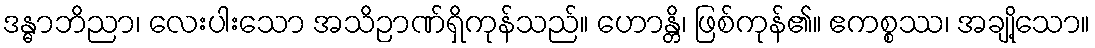
ဒန္ဓာဘိညာ၊ လေးပါးသော အသိဉာဏ်ရှိကုန်သည်။ ဟောန္တိ၊ ဖြစ်ကုန်၏။ ဧကစ္စဿ၊ အချို့သော။